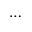
\cdots